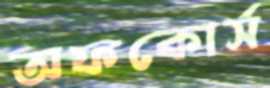
অফকোর্স